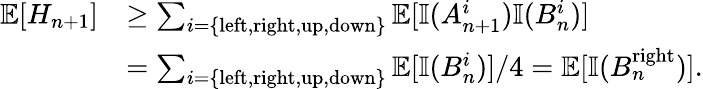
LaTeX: \begin{array}{rl}{\operatorname{\mathbb{E}}[H_{n+1}]}&{\geq\sum_{i=\{ \mathrm{left,right,up,down}\} }\operatorname{\mathbb{E}}[\mathbb{I}(A_{n+1}^{i})\mathbb{I}(B_{n}^{i})]}\\ &{=\sum_{i=\{ \mathrm{left,right,up,down}\} }\operatorname{\mathbb{E}}[\mathbb{I}(B_{n}^{i})]/4=\operatorname{\mathbb{E}}[\mathbb{I}(B_{n}^{\mathrm{right}})].}\end{array}